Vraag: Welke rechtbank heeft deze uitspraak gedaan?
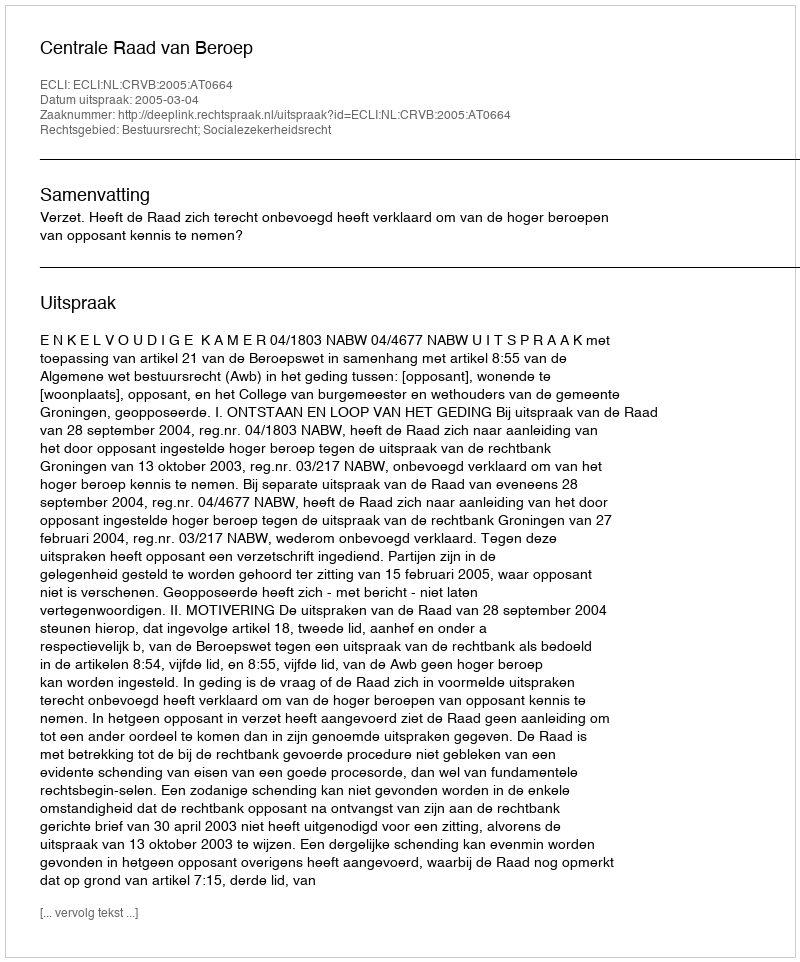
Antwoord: Centrale Raad van Beroep